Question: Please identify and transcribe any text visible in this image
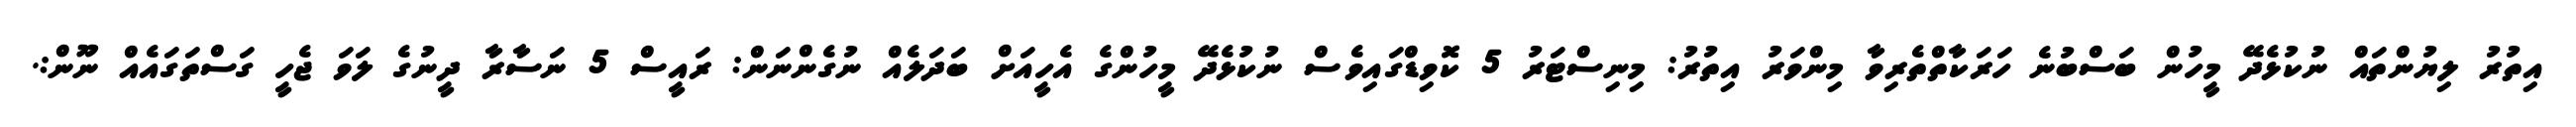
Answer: އިތުރު ލިޔުންތައް ނުކުޅެދޭ މީހުން ބަސްބުނެ ހަރަކާތްތެރިވާ މިންވަރު އިތުރު: މިނިސްޓަރު 5 ކޮވިޑްގައިވެސް ނުކުޅެދޭ މީހުންގެ އެހީއަށް ބަދަލެއް ނުގެންނަން: ރައީސް 5 ނަސާރާ ދީނުގެ ލަވަ ޖެހީ ގަސްތަގައެއް ނޫން:.